Indian journal of veterinary science and animal husbandry - Volume 6,
Year: 1936
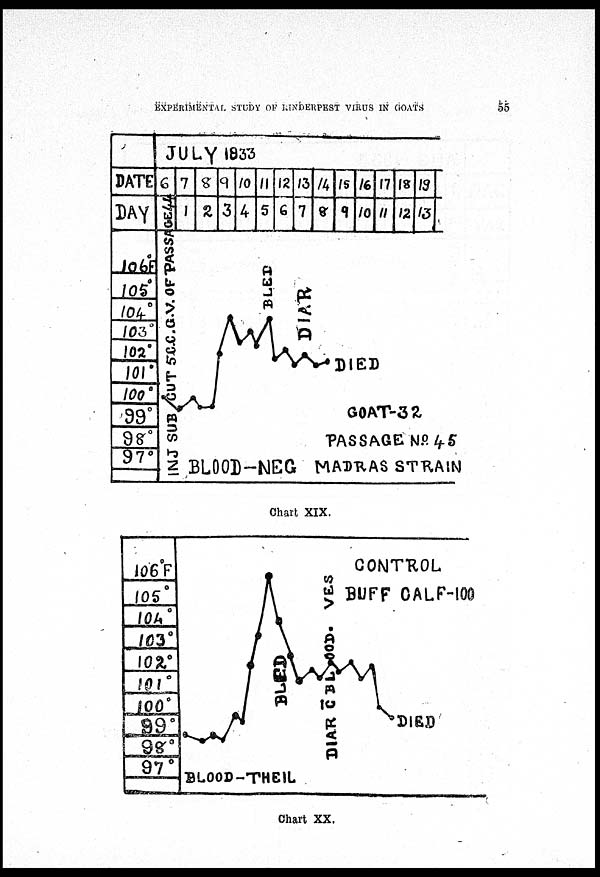
EXPERIMENTAL STUDY OF RINDERPEST VIRUS IN GOATS
55
Chart XIX.
Chart XX.